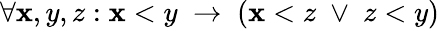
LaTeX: \forall\mathbf{x},y,z:\mathbf{x}<y\; \to\; (\mathbf{x}<z\; \vee\; z<y)